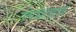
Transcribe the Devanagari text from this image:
गोधड्यांखाली